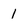
Character: 1